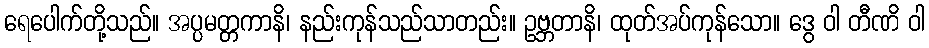
ရေပေါက်တို့သည်။ အပ္ပမတ္တကာနိ၊ နည်းကုန်သည်သာတည်း။ ဥဗ္ဘတာနိ၊ ထုတ်အပ်ကုန်သော။ ဒွေ ဝါ တီဏိ ဝါ